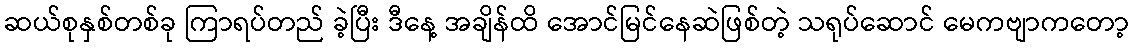
ဆယ်စုနှစ်တစ်ခု ကြာရပ်တည် ခဲ့ပြီး ဒီနေ့ အချိန်ထိ အောင်မြင်နေဆဲဖြစ်တဲ့ သရုပ်ဆောင် မေကဗျာကတော့